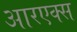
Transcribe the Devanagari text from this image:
आरएक्स